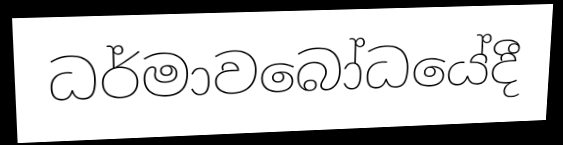
ධර්මාවබෝධයේදී